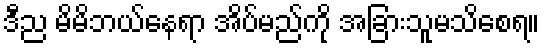
ဒီည မိမိဘယ်နေရာ အိပ်မည်ကို အခြားသူမသိစေရ။